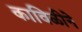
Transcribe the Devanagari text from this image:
काविळीने